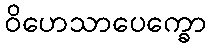
ဝိဟေသာပေက္ခော